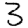
Digit: 3